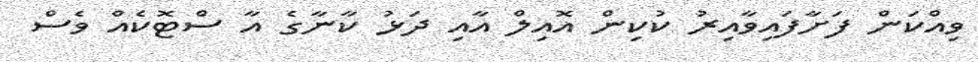
ވިއްކަން ފަށާފައިވާއިރު ކުކިން އޮއިލް އާއި ދަޅު ކާނާގެ އާ ސްޓޮކެއް ވެސް